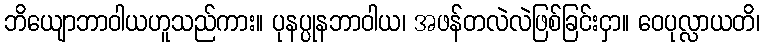
ဘိယျောဘာဝါယဟူသည်ကား။ ပုနပ္ပုနဘာဝါယ၊ အဖန်တလဲလဲဖြစ်ခြင်းငှာ။ ဝေပုလ္လာယတိ၊